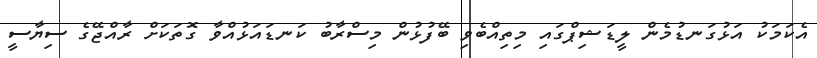
އެކަމަކު އަޅުގަނޑުމެން ލީޑަޝިޕްގައި މިތިއްބެވި ބޭފުޅުން މިސްރާބު ކަނޑައަޅުއްވާ ގޮތަކަށް ރާއްޖޭގެ ސިޔާސީ